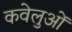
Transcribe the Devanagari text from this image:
कवेलुओं